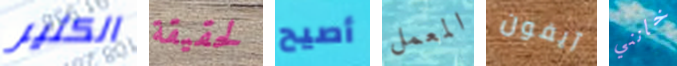
الكثير لحقيقة أصيح المعمل آيفون خانني